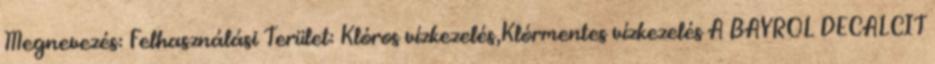
Megnevezés: Felhasználási Terület: Klóros vízkezelés,Klórmentes vízkezelés A BAYROL DECALCIT